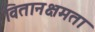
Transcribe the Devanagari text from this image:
वितानक्षमता